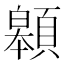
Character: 䫧